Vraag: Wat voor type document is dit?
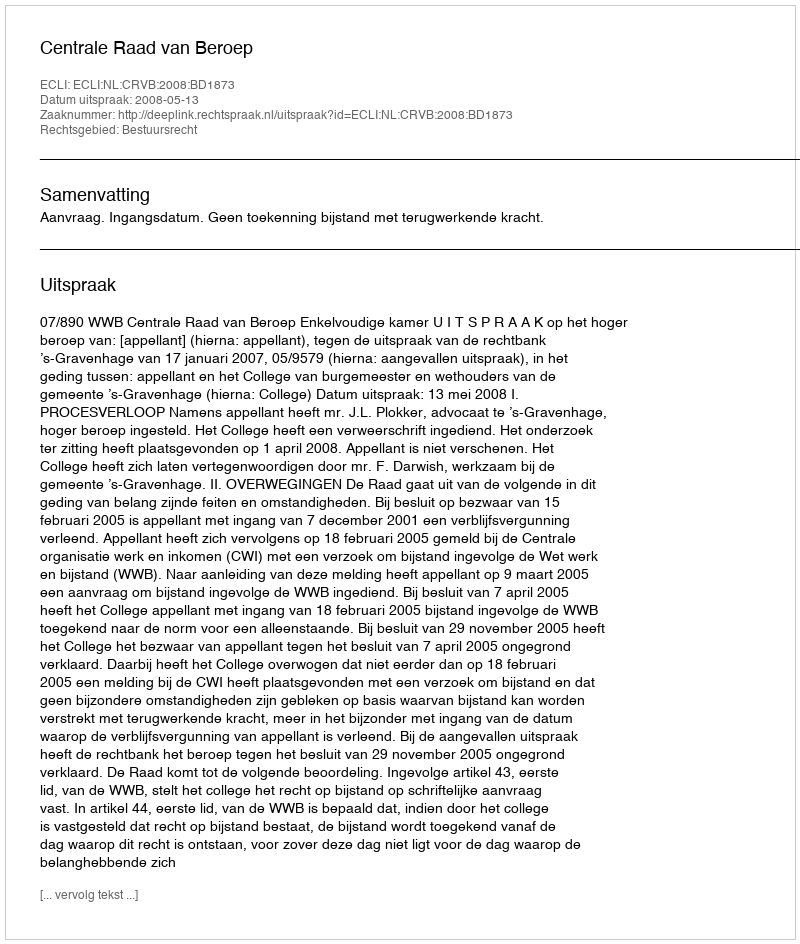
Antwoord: Uitspraak